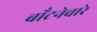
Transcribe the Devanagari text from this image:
बाँटनेवारे